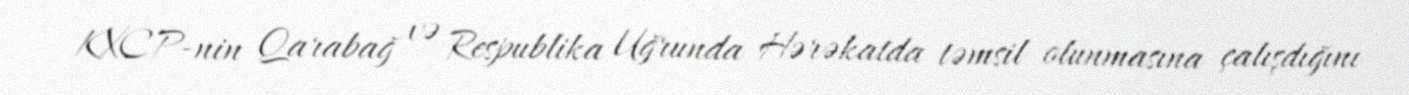
KXCP-nin Qarabağ və Respublika Uğrunda Hərəkatda təmsil olunmasına çalışdığını